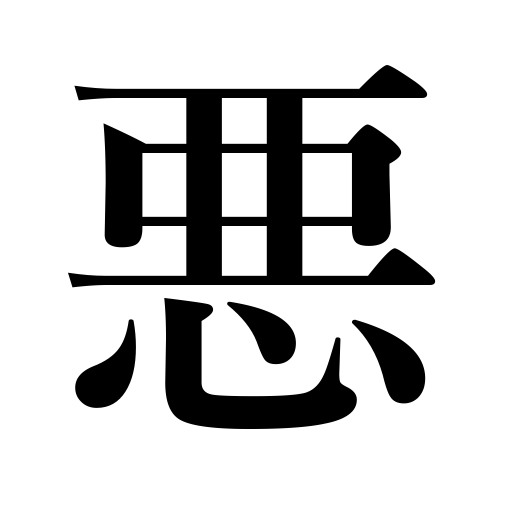
Meanings: lawlessness,inclement,unlucy,inferior,homely,out of order,unsavory,be indisposed,injurious,vice,bad,wrong,malicious,poor memory,malignant,detrimental,wickedness,evil,blamable,immoral